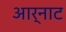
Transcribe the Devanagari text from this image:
आर्नाट